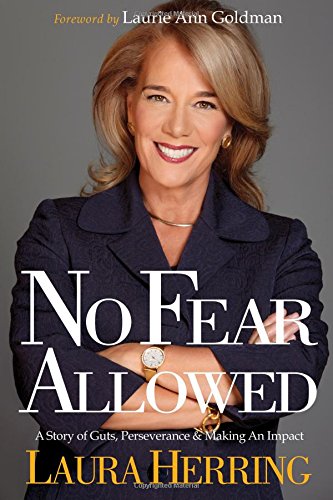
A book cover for No Fear Allowed: A Story of Guts, Perseverance, & Making an Impact; Laura Herring; Business & Money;